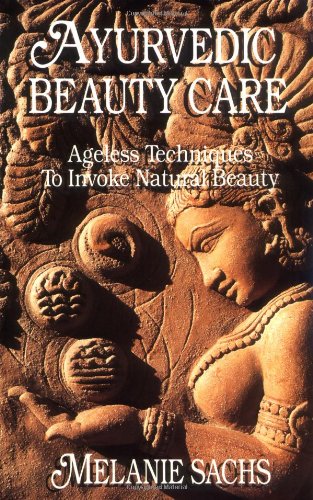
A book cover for Ayurvedic Beauty Care: Ageless Techniques to Invoke Natural Beauty; Melanie Sachs; Health, Fitness & Dieting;